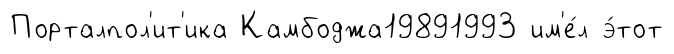
Порталпол'ит'ика Камбоджа19891993 им'е́л э́тот